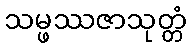
သမ္ဖဿဇာသုတ္တံ